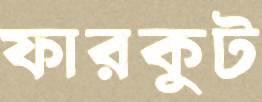
ফারকুট